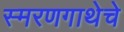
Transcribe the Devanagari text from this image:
स्मरणगाथेचे